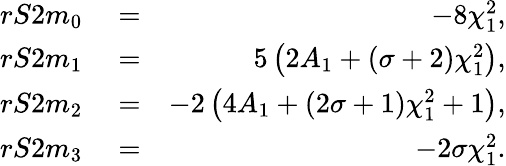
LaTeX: \begin{array}{rlr}{rS2m_{0}}&{{}=}&{-8\chi_{1}^{2},}\\ {rS2m_{1}}&{{}=}&{5\left(2A_{1}+(\sigma+2)\chi_{1}^{2}\right),}\\ {rS2m_{2}}&{{}=}&{-2\left(4A_{1}+(2\sigma+1)\chi_{1}^{2}+1\right),}\\ {rS2m_{3}}&{{}=}&{-2\sigma\chi_{1}^{2}.}\end{array}